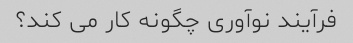
فرآیند نوآوری چگونه کار می کند؟